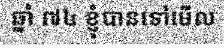
ឆ្នាំ ៧៤ ខ្ញុំបានទៅមើល